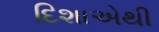
દિશાએથી